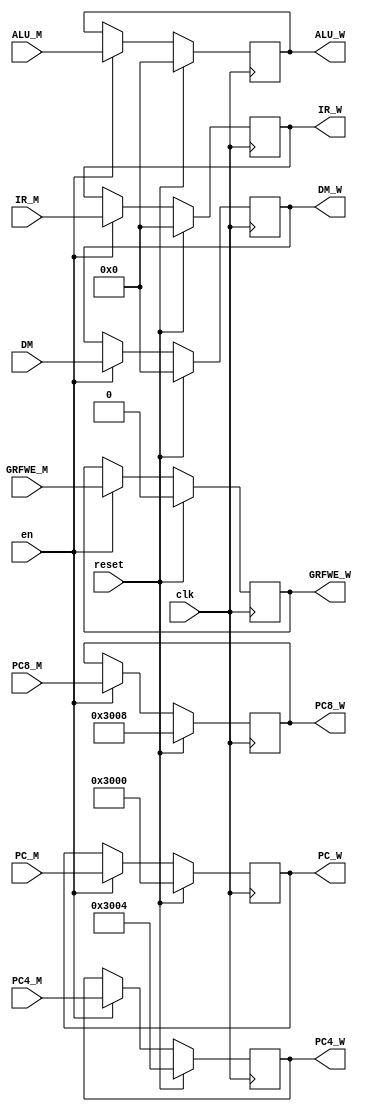
`timescale 1ns / 1ps
//////////////////////////////////////////////////////////////////////////////////
// Company: 
// Engineer: 
// 
// Design Name: 
// Module Name:    MWreg 
// Project Name: 
// Target Devices: 
// Tool versions: 
// Description: 
//
// Dependencies: 
//
// Revision: 
// Revision 0.01 - File Created
// Additional Comments: 
//
//////////////////////////////////////////////////////////////////////////////////
module MWreg(
    input clk,
    input reset,
	input en,
    input [31:0] IR_M,
	input [31:0] PC_M,
    input [31:0] PC4_M,
    input [31:0] PC8_M,
    input [31:0] ALU_M,
    input [31:0] DM,
	input GRFWE_M,
    output reg [31:0] IR_W,
	output reg [31:0] PC_W,
    output reg [31:0] PC4_W,
    output reg [31:0] PC8_W,
    output reg [31:0] ALU_W,
    output reg [31:0] DM_W,
	output reg GRFWE_W
    );
	
	initial begin
		IR_W = 32'h00000000;
		PC_W = 32'h00003000;
		PC4_W = 32'h00003004;
		PC8_W = 32'h00003008;
		ALU_W = 32'h00000000;
		DM_W = 32'h00000000;
		GRFWE_W = 1'b0;
	end
	
	always @ ( posedge clk ) begin
		if (reset==1) begin
			IR_W <= 32'h00000000;
			PC_W <= 32'h00003000;
			PC4_W <= 32'h00003004;
			PC8_W <= 32'h00003008;
			ALU_W <= 32'h00000000;
			DM_W <= 32'h00000000;
			GRFWE_W <= 1'b0;
		end
		else if (en==1) begin
			IR_W <= IR_M;
			PC_W <= PC_M;
			PC4_W <= PC4_M;
			PC8_W <= PC8_M;
			ALU_W <= ALU_M;
			DM_W <= DM;
			GRFWE_W <= GRFWE_M;
		end
	end

endmodule